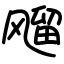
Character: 飗